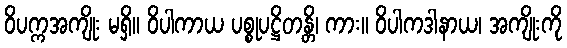
ဝိပက္ကအကျိုး မရှိ။ ဝိပါကာယ ပစ္စုပဋ္ဌိတန္တိ၊ ကား။ ဝိပါကဒါနာယ၊ အကျိုးကို